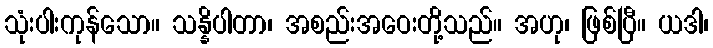
သုံးပါးကုန်သော။ သန္နိပါတာ၊ အစည်းအဝေးတို့သည်။ အဟု၊ ဖြစ်ပြီ။ ယဒါ၊